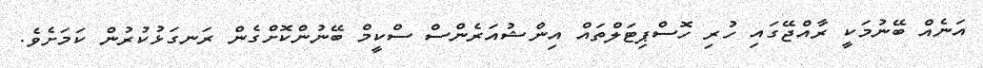
އަނެއް ބޭނުމަކީ ރާއްޖޭގައި ހުރި ހޮސްޕިޓަލްތައް އިންޝުއަރެންސް ސްކީމް ބޭނުންކޮށްގެން ރަނގަޅުކުރުން ކަމަށެވެ.